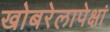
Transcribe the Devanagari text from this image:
खोबरेलापेक्षां